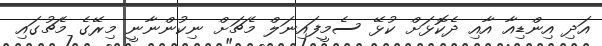
އަދި އިންޑިއާ އާއި ދެކޮޅަށް ކުޅޭ ސެމީފައިނަލް މެޗަށް ނިކުންނާނީ މިރޭގެ މެޗުގައި